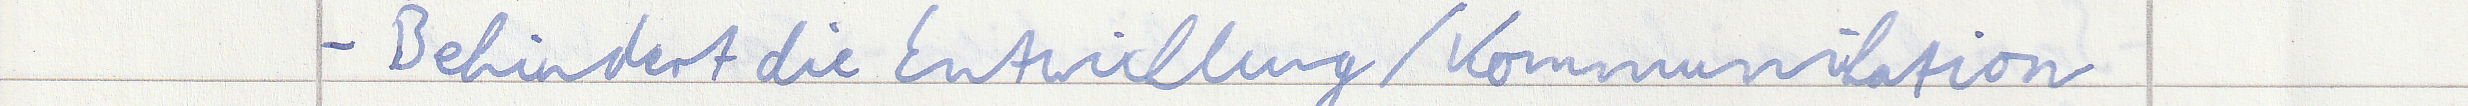
- Behindert die Entwicklung / Kommunikation